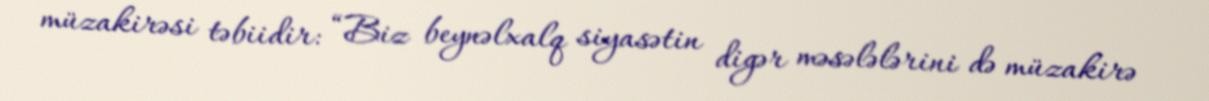
müzakirəsi təbiidir: “Biz beynəlxalq siyasətin digər məsələlərini də müzakirə